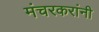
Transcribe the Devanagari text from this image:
मंचरकरांनी